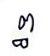
ព្ធ